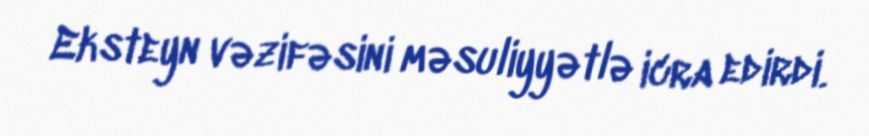
Eksteyn vəzifəsini məsuliyyətlə icra edirdi.